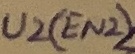
Text: U2(EN2)